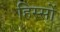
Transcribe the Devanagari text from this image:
हिस्‍सों